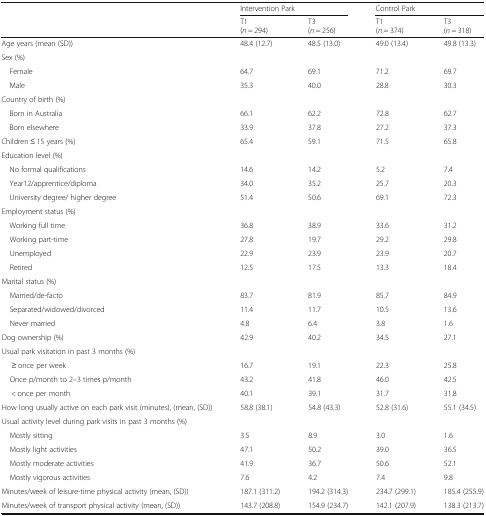
<table><thead><tr><td rowspan="2"></td><td colspan="2"><b>Intervention Park</b></td><td colspan="2"><b>Control Park</b></td></tr><tr><td><b>T1(<i>n</i> = 294)</b></td><td><b>T3(<i>n</i> = 256)</b></td><td><b>T1(<i>n</i> = 374)</b></td><td><b>T3(<i>n</i> = 318)</b></td></tr></thead><tbody><tr><td>Age years (mean (SD))</td><td>48.4 (12.7)</td><td>48.5 (13.0)</td><td>49.0 (13.4)</td><td>49.8 (13.3)</td></tr><tr><td colspan="5">Sex (%)</td></tr><tr><td> Female</td><td>64.7</td><td>69.1</td><td>71.2</td><td>69.7</td></tr><tr><td> Male</td><td>35.3</td><td>40.0</td><td>28.8</td><td>30.3</td></tr><tr><td colspan="5">Country of birth (%)</td></tr><tr><td> Born in Australia</td><td>66.1</td><td>62.2</td><td>72.8</td><td>62.7</td></tr><tr><td> Born elsewhere</td><td>33.9</td><td>37.8</td><td>27.2</td><td>37.3</td></tr><tr><td>Children ≤ 15 years (%)</td><td>65.4</td><td>59.1</td><td>71.5</td><td>65.8</td></tr><tr><td colspan="5">Education level (%)</td></tr><tr><td> No formal qualifications</td><td>14.6</td><td>14.2</td><td>5.2</td><td>7.4</td></tr><tr><td> Year12/apprentice/diploma</td><td>34.0</td><td>35.2</td><td>25.7</td><td>20.3</td></tr><tr><td> University degree/ higher degree</td><td>51.4</td><td>50.6</td><td>69.1</td><td>72.3</td></tr><tr><td colspan="5">Employment status (%)</td></tr><tr><td> Working full time</td><td>36.8</td><td>38.9</td><td>33.6</td><td>31.2</td></tr><tr><td> Working part-time</td><td>27.8</td><td>19.7</td><td>29.2</td><td>29.8</td></tr><tr><td> Unemployed</td><td>22.9</td><td>23.9</td><td>23.9</td><td>20.7</td></tr><tr><td> Retired</td><td>12.5</td><td>17.5</td><td>13.3</td><td>18.4</td></tr><tr><td colspan="5">Marital status (%)</td></tr><tr><td> Married/de-facto</td><td>83.7</td><td>81.9</td><td>85.7</td><td>84.9</td></tr><tr><td> Separated/widowed/divorced</td><td>11.4</td><td>11.7</td><td>10.5</td><td>13.6</td></tr><tr><td> Never married</td><td>4.8</td><td>6.4</td><td>3.8</td><td>1.6</td></tr><tr><td>Dog ownership (%)</td><td>42.9</td><td>40.2</td><td>34.5</td><td>27.1</td></tr><tr><td colspan="5">Usual park visitation in past 3 months (%)</td></tr><tr><td>≥ once per week</td><td>16.7</td><td>19.1</td><td>22.3</td><td>25.8</td></tr><tr><td> Once p/month to 2–3 times p/month</td><td>43.2</td><td>41.8</td><td>46.0</td><td>42.5</td></tr><tr><td>&lt; once per month</td><td>40.1</td><td>39.1</td><td>31.7</td><td>31.8</td></tr><tr><td>How long usually active on each park visit (minutes), (mean, (SD))</td><td>58.8 (38.1)</td><td>54.8 (43.3)</td><td>52.8 (31.6)</td><td>55.1 (34.5)</td></tr><tr><td colspan="5">Usual activity level during park visits in past 3 months (%)</td></tr><tr><td> Mostly sitting</td><td>3.5</td><td>8.9</td><td>3.0</td><td>1.6</td></tr><tr><td> Mostly light activities</td><td>47.1</td><td>50.2</td><td>39.0</td><td>36.5</td></tr><tr><td> Mostly moderate activities</td><td>41.9</td><td>36.7</td><td>50.6</td><td>52.1</td></tr><tr><td> Mostly vigorous activities</td><td>7.6</td><td>4.2</td><td>7.4</td><td>9.8</td></tr><tr><td>Minutes/week of leisure-time physical activity (mean, (SD))</td><td>187.1 (311.2)</td><td>194.2 (314.3)</td><td>234.7 (299.1)</td><td>185.4 (255.9)</td></tr><tr><td>Minutes/week of transport physical activity (mean, (SD))</td><td>143.7 (208.8)</td><td>154.9 (234.7)</td><td>142.1 (207.9)</td><td>138.3 (213.7)</td></tr></tbody></table>